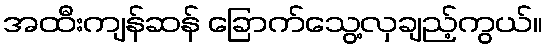
အထီးကျန်ဆန် ခြောက်သွေ့လှချည့်ကွယ်။